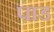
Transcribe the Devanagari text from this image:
पाड